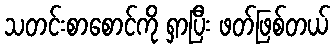
သတင်းစာစောင်ကို ရှာပြီး ဖတ်ဖြစ်တယ်